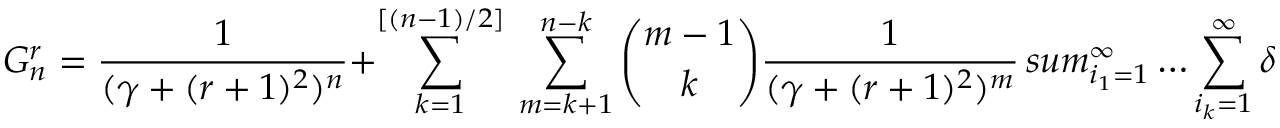
G _ { n } ^ { r } = \frac { 1 } { ( \gamma + ( r + 1 ) ^ { 2 } ) ^ { n } } + \sum _ { k = 1 } ^ { [ ( n - 1 ) / 2 ] } \ \sum _ { m = k + 1 } ^ { n - k } { \binom { m - 1 } { k } } \frac { 1 } { ( \gamma + ( r + 1 ) ^ { 2 } ) ^ { m } } \, s u m _ { i _ { 1 } = 1 } ^ { \infty } \ldots \sum _ { i _ { k } = 1 } ^ { \infty } \delta _ { i _ { 1 } + \ldots + i _ { k } , n - m } G _ { i _ { 1 } } ^ { r + 2 } \ldots G _ { i _ { k } } ^ { r + 2 }